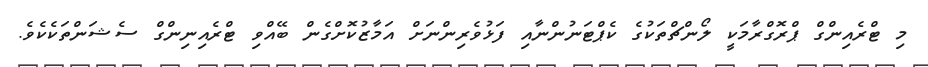
މި ޓްރެއިންގް ޕްރޮގްރާމަކީ ލޯންޗްތަކުގެ ކެޕްޓަނުންނާއި ފަޅުވެރިންނަށް އަމާޒުކޮށްގެން ބޭއްވި ޓްރެއިނިންގް ސެޝަންތަކެކެވެ.